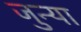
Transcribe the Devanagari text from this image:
जुन्‍या